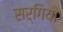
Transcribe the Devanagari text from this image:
सर्गियो